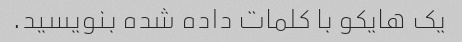
یک هایکو با کلمات داده شده بنویسید.